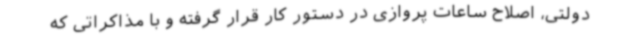
دولتی، اصلاح ساعات پروازی در دستور کار قرار گرفته و با مذاکراتی که